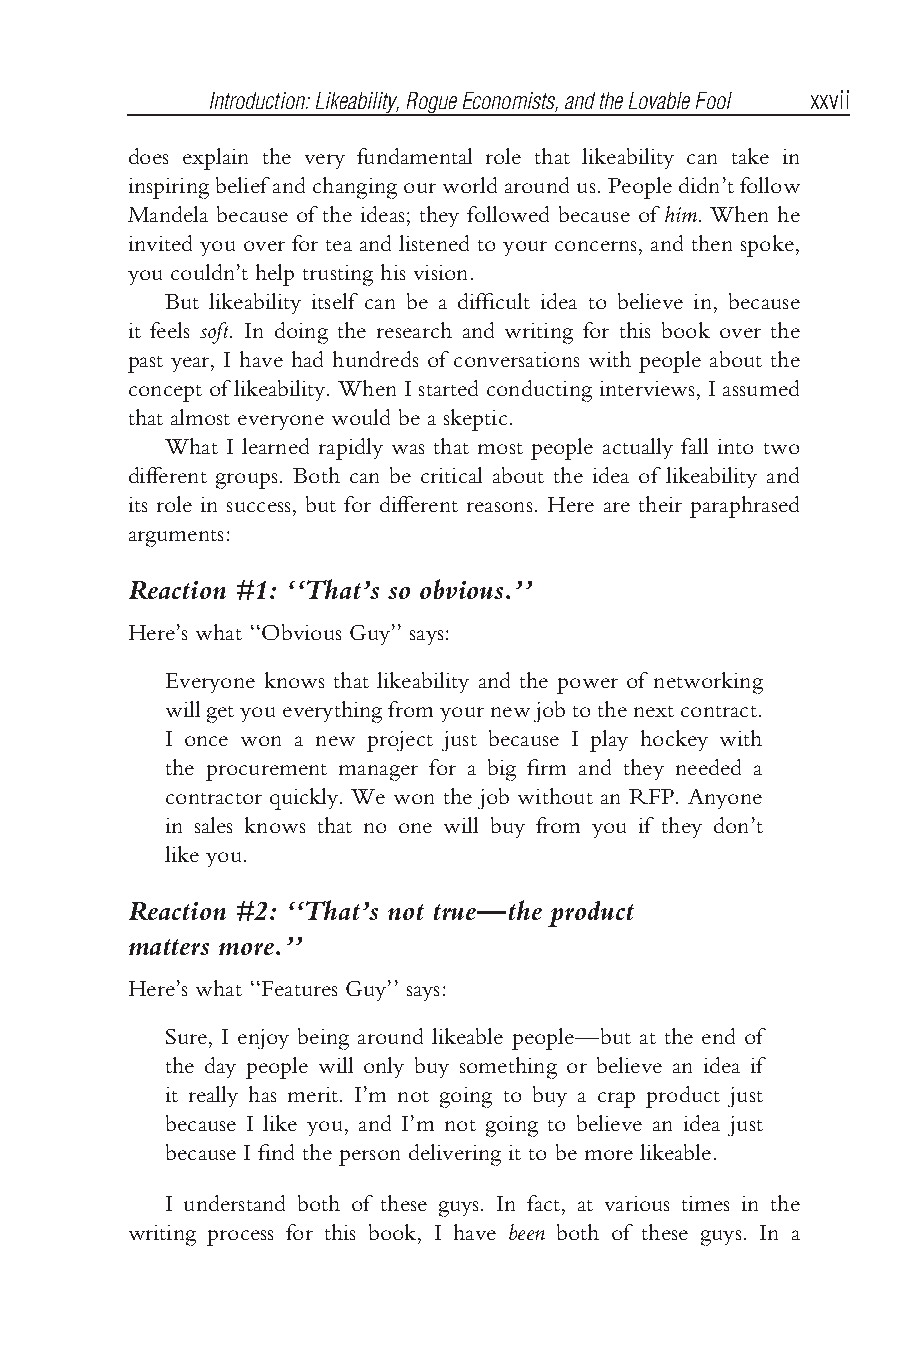
Bhargava flast3.tex V3-04/06/2012 11:22A.M. Pagexxvii
 Introduction:Likeability,RogueEconomists,andtheLovableFool xxvii
 does explain the very fundamental role that likeability can take in
 inspiringbeliefandchangingourworldaroundus.Peopledidn’tfollow
 Mandela because of the ideas; they followed because of him. When he
 invited you over for tea and listened to your concerns, and then spoke,
 you couldn’t help trusting his vision.
 But likeability itself can be a difficult idea to believe in, because
 it feels soft. In doing the research and writing for this book over the
 past year, I have had hundreds of conversations with people about the
 concept of likeability. When I started conducting interviews, I assumed
 that almost everyone would be a skeptic.
 What I learned rapidly was that most people actually fall into two
 different groups. Both can be critical about the idea of likeability and
 its role in success, but for different reasons. Here are their paraphrased
 arguments:
 Reaction #1: ‘‘That’s so obvious.’’
 Here’s what ‘‘Obvious Guy’’ says:
 Everyone knows that likeability and the power of networking
 willgetyoueverythingfromyournewjobtothenextcontract.
 I once won a new project just because I play hockey with
 the procurement manager for a big firm and they needed a
 contractor quickly. We won the job without an RFP. Anyone
 in sales knows that no one will buy from you if they don’t
 like you.
 Reaction #2: ‘‘That’s not true—the product
 matters more.’’
 Here’s what ‘‘Features Guy’’ says:
 Sure, I enjoy being around likeable people—but at the end of
 the day people will only buy something or believe an idea if
 it really has merit. I’m not going to buy a crap product just
 because I like you, and I’m not going to believe an idea just
 because I find the person delivering it to be more likeable.
 I understand both of these guys. In fact, at various times in the
 writing process for this book, I have been both of these guys. In a